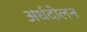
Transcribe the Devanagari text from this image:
अर्धदोलन